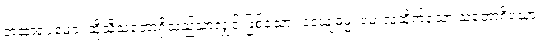
တထာရူပမေဝ၊ ထိုသို့သဘောရှိသည်သာလျှင် ဖြစ်သော။ ဒေယျဓမ္မံ၊ မေးလှူထိုက်သော သဘောရှိသော